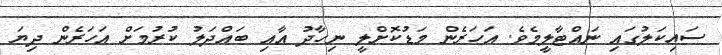
ސައިކަލުގައި ނައްޓާލީމެވެ. އަހަރެން މަޑުކޮށްލީ ނިހާދު އާއި ބައްދަލު ކުރުމަށް އަހަރެން ދިޔަ